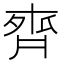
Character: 𪗄